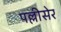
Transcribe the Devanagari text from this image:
पल्लीसेर